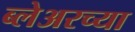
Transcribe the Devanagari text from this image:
ब्लेअरच्या